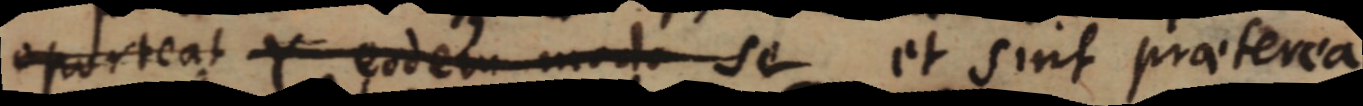
oporteat Y eodem modo se et sint praeterea